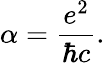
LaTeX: \alpha={\frac{e^{2}}{\hbar c}}.